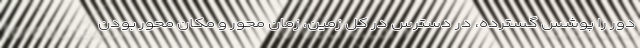
دور را پوشس گسترده، در دسترس در کل زمین، زمان محور و مکان محور بودن